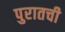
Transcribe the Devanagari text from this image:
पुरातची